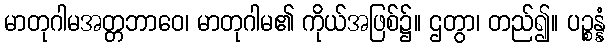
မာတုဂါမအတ္တဘာဝေ၊ မာတုဂါမ၏ ကိုယ်အဖြစ်၌။ ဌတွာ၊ တည်၍။ ပဉ္စန္နံ